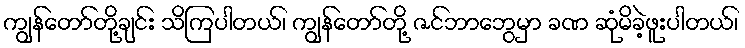
ကျွန်တော်တို့ချင်း သိကြပါတယ်၊ ကျွန်တော်တို့ ဇင်ဘာဘွေမှာ ခဏ ဆုံမိခဲ့ဖူးပါတယ်၊